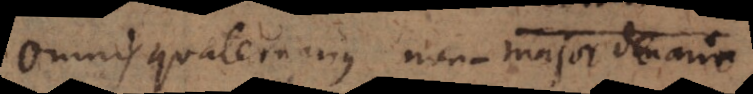
Omnis quaternarius non-major denario